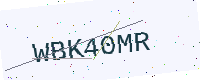
Text: WBK40MR